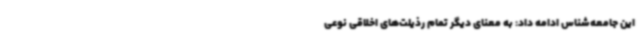
این جامعه‌شناس ادامه داد: به معنای دیگر تمام رذیلت‌های اخلاقی نوعی